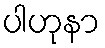
ပါဟုနာ